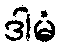
ဒါမံ